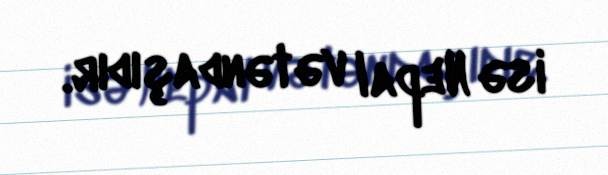
isə Nepal vətəndaşıdır.